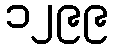
၁၂၉၉